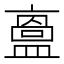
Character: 𥂬